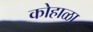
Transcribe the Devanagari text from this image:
कोहाळा